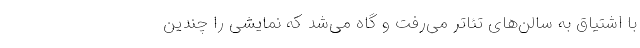
با اشتیاق به سالن‌های تئاتر می‌رفت و گاه می‌شد که نمایشی را چندین